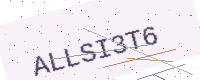
Text: ALLSI3T6